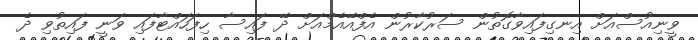
ވީނިއުސްއަށް އިނގިފައިވާގޮތުން ސަރުކާރުން އެފްއޭއެމްއަށް ދޭ ފައިސާ ހިފަހައްޓާފައި ވަނީ ފައިތުވި ދެ